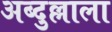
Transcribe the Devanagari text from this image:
अब्दुल्लाला